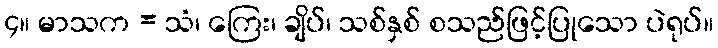
၄။ မာသက = သံ၊ ကြေး၊ ချိပ်၊ သစ်နှစ် စသည်ဖြင့်ပြုသော ပဲရုပ်။